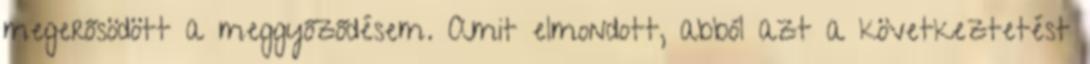
megerősödött a meggyőződésem. Amit elmondott, abból azt a következtetést